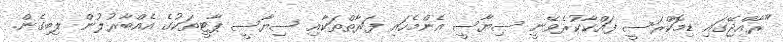
"ރާއްޖޭގައި ޑިމޮކްރަސީ ފައްކާކުރެވޭނީ ސިޔާސީ އެންމެހައި ފަރާތްތަކާއި ސިޔާސީ ޕާޓީތަކުގެ އެއްބާރުލުން ލިބިގެން.